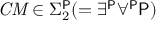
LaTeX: { \mathit { C M } } \in \Sigma _ { 2 } ^ { \mathsf { P } } ( = \exists ^ { \mathsf { P } } \forall ^ { \mathsf { P } } { \mathsf { P } } )